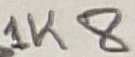
Text: 1K8